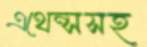
এথেন্সসহ